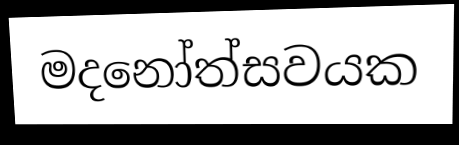
මදනෝත්සවයක